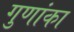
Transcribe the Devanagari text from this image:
गुणांका